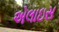
એલાઇસ